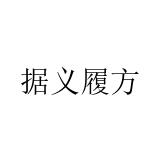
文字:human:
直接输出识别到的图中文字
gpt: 据义履方